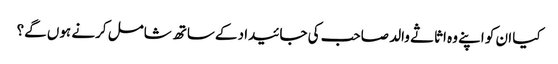
کیا ان کو اپنے وہ اثاثے والد صاحب کی جائیداد کےساتھ شامل کرنے ہوں گے؟